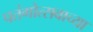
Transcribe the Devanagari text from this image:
पतंगोत्सवाच्या